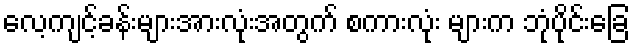
လေ့ကျင့်ခန်းများအားလုံးအတွက် စကားလုံး များက ဘုံပိုင်းခြေ